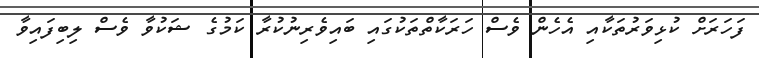
ފަހަރަށް ކުޅިވަރުތަކާއި އެހެން ވެސް ހަރަކާތްތަކުގައި ބައިވެރިނުކުރާ ކަމުގެ ޝަކުވާ ވެސް ލިބިފައިވާ